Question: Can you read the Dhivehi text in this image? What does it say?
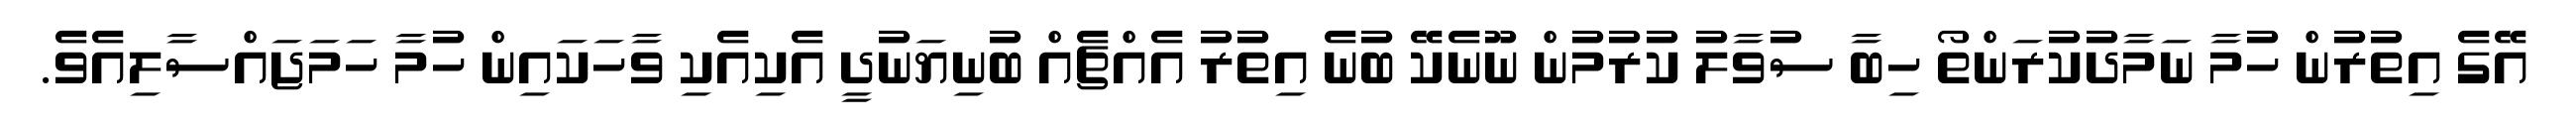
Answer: އޭގެ އިތުރުން ހުމާ ނަމާދުކުރަންތޯ ހިބާ ސުވާލު ކުރުމުން ނޫނެކޭ ބުނެ އިތުރު އެއްޗެއް ބުނިޔަނުދީ އެކިއެކި ވާހަކައިން ހުމާ ހަމަޖައްސާލިއެވެ.